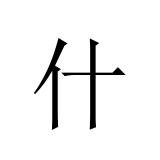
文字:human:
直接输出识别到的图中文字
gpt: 什